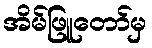
အိမ်ဖြူတော်မှ